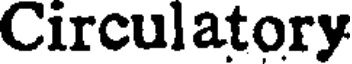
Circulatory